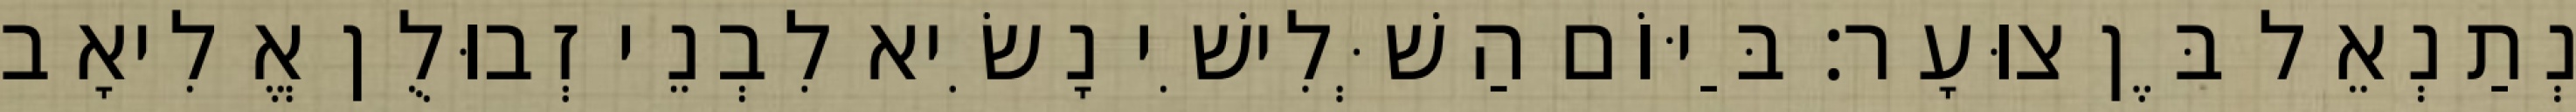
נְתַנְאֵל בֶּן צוּעָר׃ בַּיּוֹם הַשְּׁלִישִׁי נָשִׂיא לִבְנֵי זְבוּלֻן אֱלִיאָב